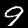
Label: 9